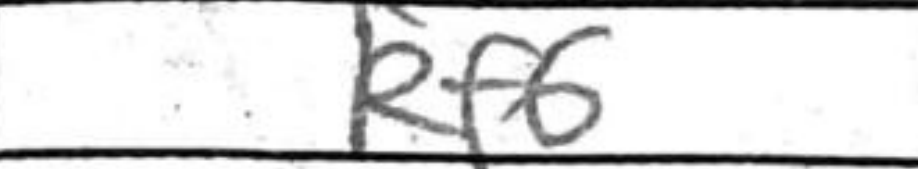
Transcription: Rf6